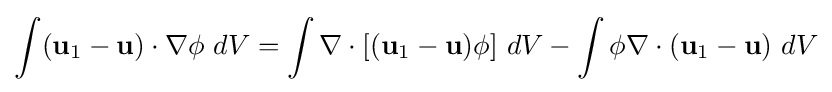
\int (\mathbf {u} _{1}-\mathbf {u} )\cdot \nabla \phi \ dV=\int \nabla \cdot [(\mathbf {u} _{1}-\mathbf {u} )\phi ]\ dV-\int \phi \nabla \cdot (\mathbf {u} _{1}-\mathbf {u} )\ dV